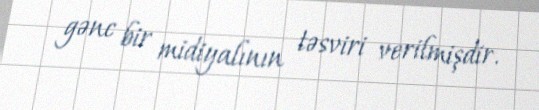
gənc bir midiyalının təsviri verilmişdir.